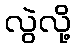
လွဲလို့